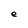
Character: e